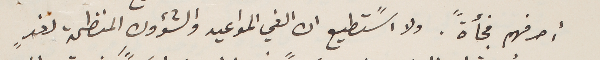
أصرفهم فجأةً. ولا اسًتطيع ان الغي المواعيد والشؤون المنظمة لغدٍ